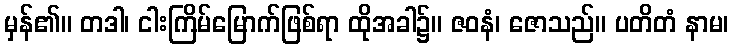
မှန်၏။ တဒါ၊ ငါးကြိမ်မြောက်ဖြစ်ရာ ထိုအခါ၌။ ဇဝနံ၊ ဇောသည်။ ပတိတံ နာမ၊